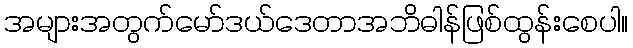
အများအတွက်မော်ဒယ်ဒေတာအဘိဓါန်ဖြစ်ထွန်းစေပါ။